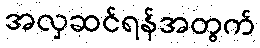
အလှဆင်ရန်အတွက်